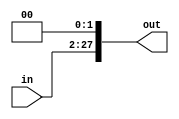
`timescale 1ns / 1ps
module Shift26(in, out);
	input [25:0] in;
	output [27:0] out;
	assign out= in << 2;
endmodule